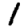
Digit: 1